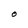
Character: O